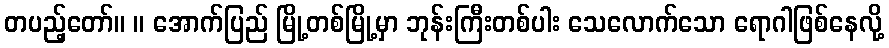
တပည့်တော်။ ။ အောက်ပြည် မြို့တစ်မြို့မှာ ဘုန်းကြီးတစ်ပါး သေလောက်သော ရောဂါဖြစ်နေလို့